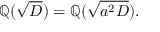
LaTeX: \mathbb { Q } ( { \sqrt { D } } ) = \mathbb { Q } ( { \sqrt { a ^ { 2 } D } } ) .